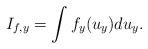
LaTeX: \begin{align*}I_{f,y}=\int f_{y}(u_{y})du_{y}.\end{align*}